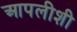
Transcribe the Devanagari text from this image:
आपलीशी